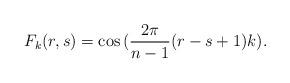
LaTeX: \begin{align*} F_k (r,s)=\cos{(\frac{2\pi}{n-1}(r-s+1)k)}. \end{align*}